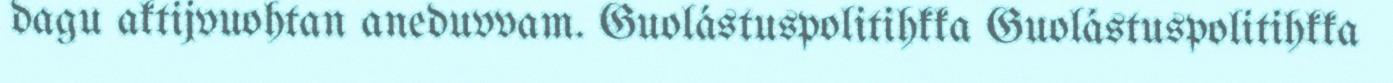
dagu aktijvuohtan aneduvvam. Guolástuspolitihkka Guolástuspolitihkka